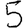
Digit: 5